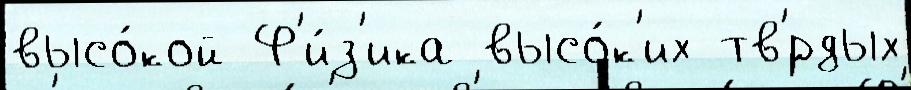
высо́кой Ф'и́з'ика высо́к'их тв'́рдых